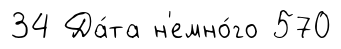
34 Да́та н'емно́го 570